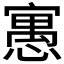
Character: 𡪾